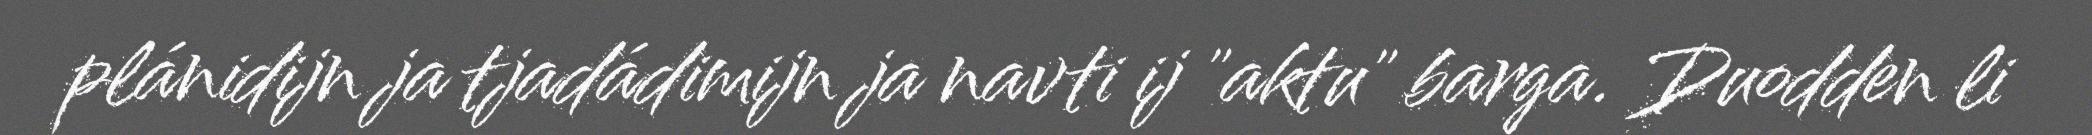
plánidijn ja tjadádimijn ja navti ij "aktu" barga. Duodden li